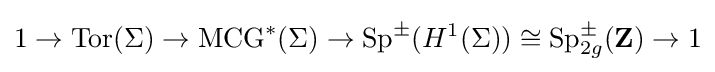
1\to \operatorname {Tor} (\Sigma )\to \operatorname {MCG} ^{*}(\Sigma )\to \operatorname {Sp} ^{\pm }(H^{1}(\Sigma ))\cong \operatorname {Sp} _{2g}^{\pm }(\mathbf {Z} )\to 1